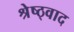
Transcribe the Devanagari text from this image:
श्रेष्ठ्वाद